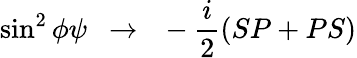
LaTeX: \sin^{2}\phi\psi\ \ \to\ \ -\frac{i}{2}(SP+PS)